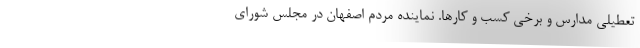
تعطیلی مدارس و برخی کسب و کارها. نماینده مردم اصفهان در مجلس شورای